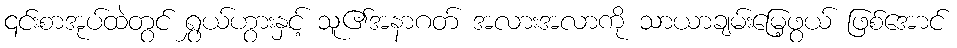
၎င်းစာအုပ်ထဲတွင် ရွှယ်ဟွားနှင့် သူ၏အနာဂတ် အလားအလာကို သာယာချမ်းမြေ့ဖွယ် ဖြစ်အောင်